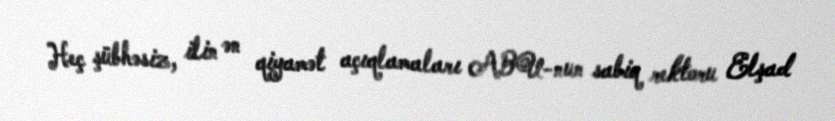
Heç şübhəsiz, ilin ən qiyamət açıqlamaları ABU-nun sabiq rektoru Elşad